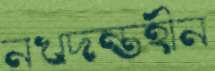
নখদন্তহীন